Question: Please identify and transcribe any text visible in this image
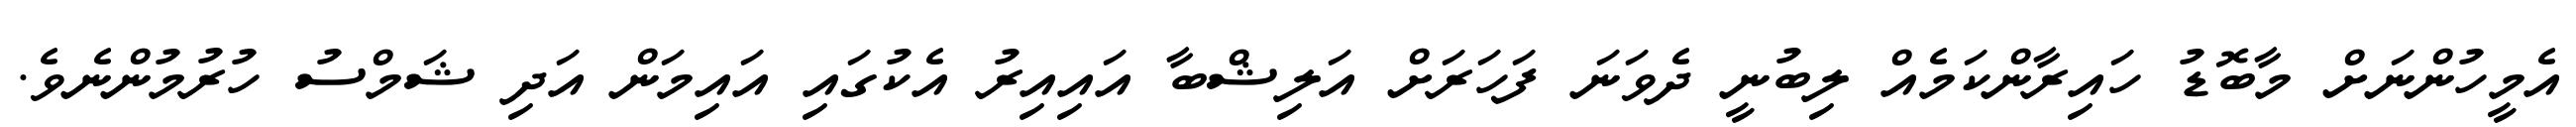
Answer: އެމީހުންނަށް މާބޮޑު ހައިރާންކަމެއް ލިބުނީ ދެވަނަ ފަހަރަށް އަލިޝްބާ އައިއިރު އެކުގައި އައިމަން އަދި ޝަމްސު ހުރުމުންނެވެ.